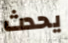
يحدث